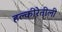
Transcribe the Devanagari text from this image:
हल्‍कीरेतीली